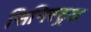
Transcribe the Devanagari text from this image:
सिनिस्ट्रल